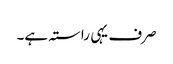
صرف یہی راستہ ہے۔